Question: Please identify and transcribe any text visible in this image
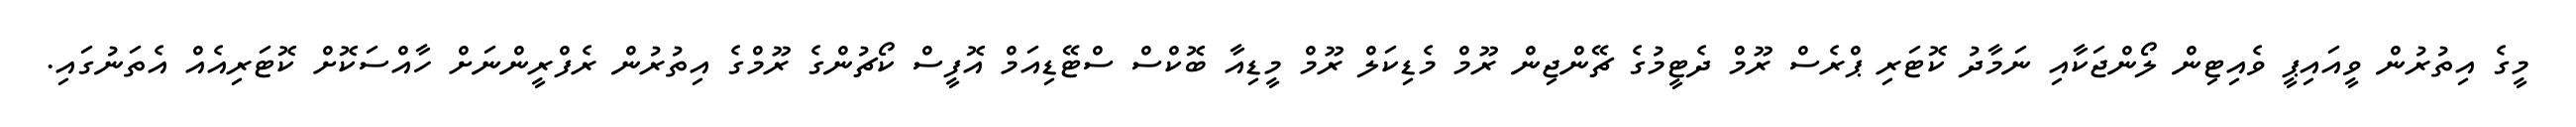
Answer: މީގެ އިތުރުން ވީއައިޕީ ވެއިޓިން ލޯންޖަކާއި ނަމާދު ކޮޓަރި ޕްރެސް ރޫމް ދެޓީމުގެ ޗޭންޖިން ރޫމް މެޑިކަލް ރޫމް މީޑިއާ ބޮކްސް ސްޓޭޑިއަމް އޮފީސް ކޯޗުންގެ ރޫމްގެ އިތުރުން ރެފްރީންނަށް ހާއްސަކޮށް ކޮޓަރިއެއް އެތަނުގައި.